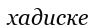
хадиске